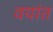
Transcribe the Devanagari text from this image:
वयांत